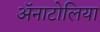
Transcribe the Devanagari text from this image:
ॲनाटोलिया